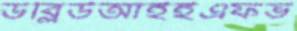
ডব্লিউআইইএফভ